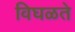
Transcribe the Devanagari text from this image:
विघळते